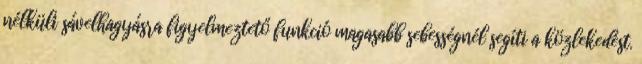
nélküli sávelhagyásra figyelmeztető funkció magasabb sebességnél segíti a közlekedést.